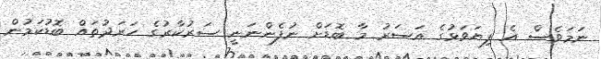
ނަމަވެސް އެ ފިޔަވަޅުގެ އަސަރު މާ ބޮޑަށް ނުފެންނަނީ ސަރުކާރުގެ ހަރަދުތައް ބޮޑުކަމުން